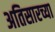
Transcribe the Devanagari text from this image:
अतिसारच्या